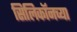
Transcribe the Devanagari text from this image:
सिलिकॉनच्या